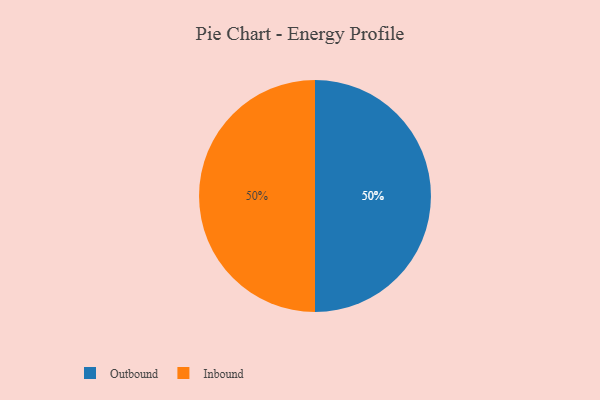
{"axis": {"x": "Category", "y": "Percentage"}, "legend": ["Inbound", "Outbound"], "data": [{"x": "Outbound", "y": 50, "type": "Outbound"}, {"x": "Inbound", "y": 50, "type": "Inbound"}]}